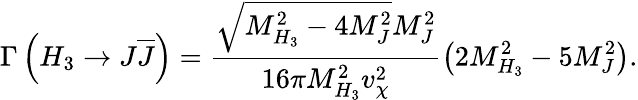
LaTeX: \Gamma\left(H_{3}\to J\overline{{{J}}}\right)=\frac{\sqrt{M_{H_{3}}^{2}-4M_{J}^{2}}M_{J}^{2}}{16\pi M_{H_{3}}^{2}v_{\chi}^{2}}\left(2M_{H_{3}}^{2}-5M_{J}^{2}\right).